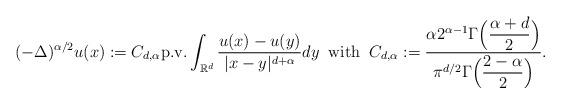
LaTeX: \begin{align*}(-\Delta)^{\alpha/2}u(x):=C_{d,\alpha}{\rm p.v.}\int_{\mathbb{R}^d}\dfrac{u(x)-u(y)}{\lvert x-y\rvert^{d+\alpha}}dy \;\; \textmd{with} \;\;C_{d,\alpha}:=\dfrac{{\alpha}2^{\alpha-1}\Gamma\Big(\dfrac{\alpha+d}{2}\Big)}{\pi^{d/2}\Gamma\Big(\dfrac{2-\alpha}{2}\Big)}.\end{align*}